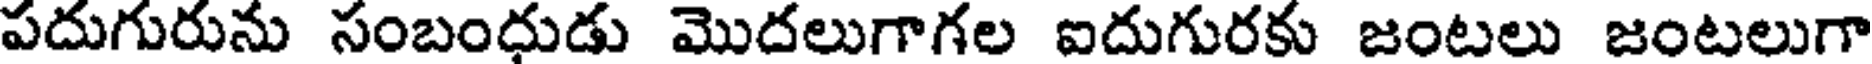
పదుగురును సంబంధుడు మొదలుగాగల ఐదుగురకు జంటలు జంటలుగా